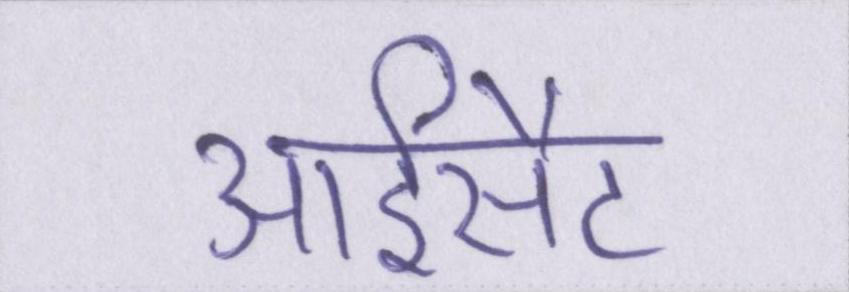
आईसैट